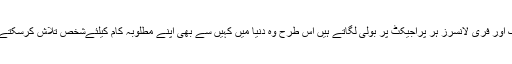
گاہک اور فری لانسرز ہر پراجیکٹ پر بولی لگاتے ہیں اس طرح وہ دنیا میں کہیں سے بھی اپنے مطلوبہ کام کیلئےشخص تلاش کرسکتے ہیں۔